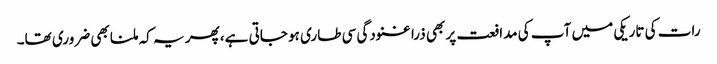
رات کی تاریکی میں آپ کی مدافعت پر بھی ذرا غنودگی سی طاری ہو جاتی ہے، پھر یہ کہ ملنا بھی ضروری تھا۔